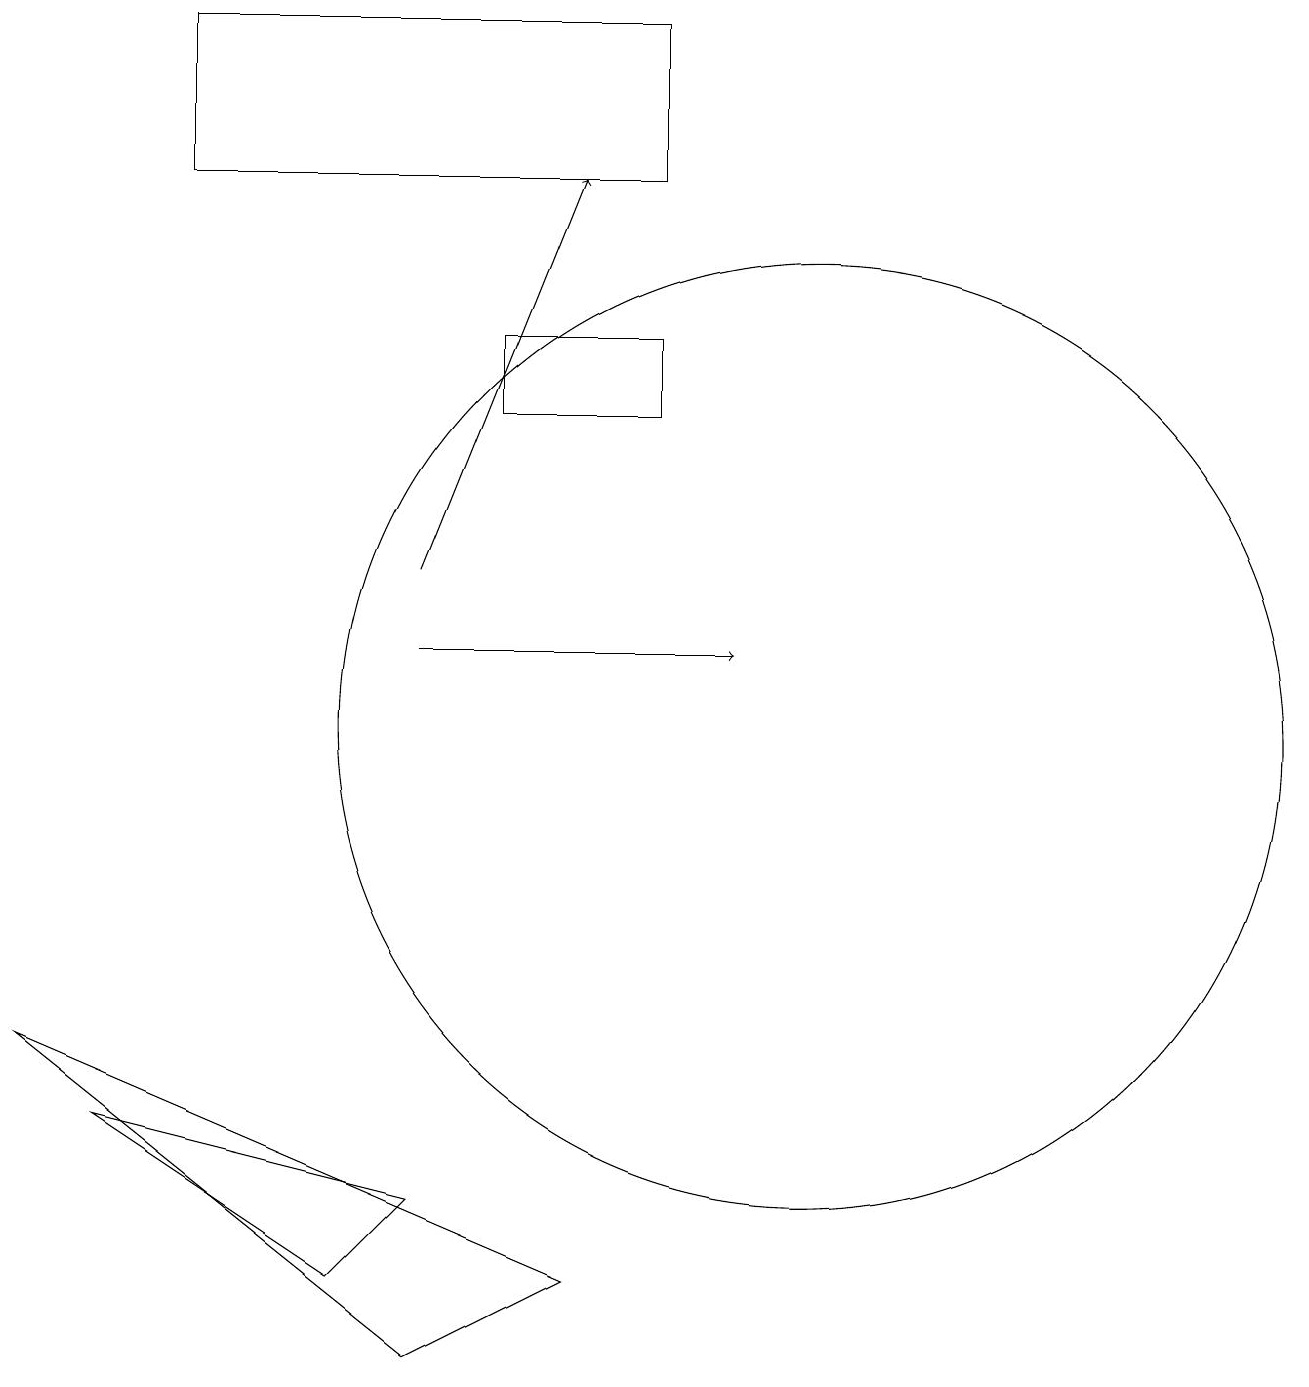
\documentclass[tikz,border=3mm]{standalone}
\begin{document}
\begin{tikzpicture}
\draw[->] (5,11) -- (9,11);
\draw (10,10) circle (6);
\draw[->] (5,12) -- (7,17);
\draw (4,3) -- (5,4) -- (1,5) -- cycle;
\draw (7,3) -- (0,6) -- (5,2) -- cycle;
\draw (8,19) rectangle (2,17);
\draw (8,14) rectangle (6,15);
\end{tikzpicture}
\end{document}